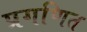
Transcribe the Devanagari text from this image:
प्रगणित